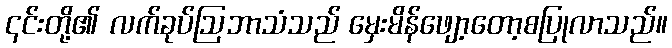
၎င်းတို့၏ လက်ခုပ်ဩဘာသံသည် မှေးမိန်ဖျော့တော့စပြုလာသည်။